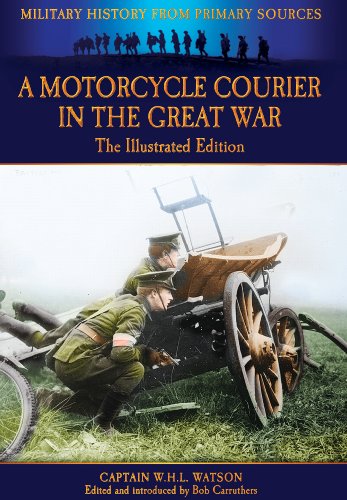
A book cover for A Motorcycle Courier in the Great War: The Illustrated Edition (Military History from Primary Sources); W.H.L. Watson ; History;